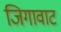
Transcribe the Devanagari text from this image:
जिगावाट